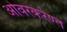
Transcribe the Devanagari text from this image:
ओवरकरेण्त